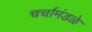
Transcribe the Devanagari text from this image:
चर्चामंडळे